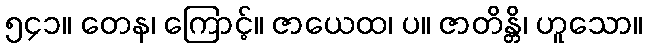
၅၄၁။ တေန၊ ကြောင့်။ ဇာယေထ၊ ပ။ ဇာတိန္တိ၊ ဟူသော။